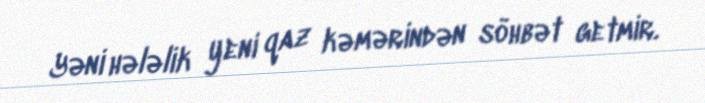
Yəni hələlik yeni qaz kəmərindən söhbət getmir.